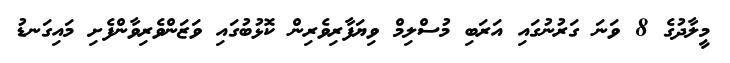
މީލާދުގެ 8 ވަނަ ގަރުނުގައި އަރަބި މުސްލިމް ވިޔަފާރިވެރިން ކޮޅުބުގައި ވަޒަންވެރިވާންފެށި މައިގަނޑު